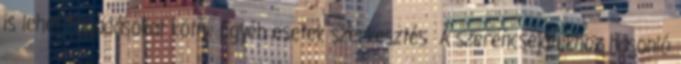
is lehet fogadásokat kötni. Egyéb esetek szerkesztés A szerencsejátékhoz hasonló